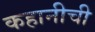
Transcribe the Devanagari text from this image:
कहानीची